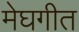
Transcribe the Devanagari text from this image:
मेघगीत